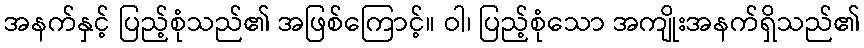
အနက်နှင့် ပြည့်စုံသည်၏ အဖြစ်ကြောင့်။ ဝါ၊ ပြည့်စုံသော အကျိုးအနက်ရှိသည်၏